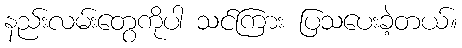
နည်းလမ်းတွေကိုပါ သင်ကြား ပြသပေးခဲ့တယ်။